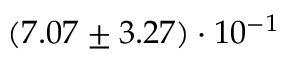
( 7 . 0 7 \pm 3 . 2 7 ) \cdot 1 0 ^ { - 1 }